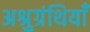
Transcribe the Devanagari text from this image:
अश्रुग्रंथियाँ